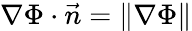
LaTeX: \nabla\Phi\cdot\vec{n}=\lVert\nabla\Phi\rVert